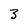
Character: 3